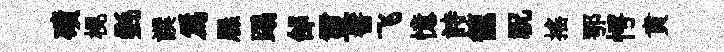
磧榥㲲譔爲屧蹋邰璽髻飞憶詩籠祝搖鄂愕賁